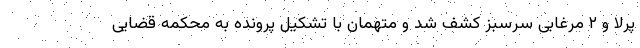
پرلا و ۲ مرغابی سرسبز کشف شد و متهمان با تشکیل پرونده به محکمه قضایی